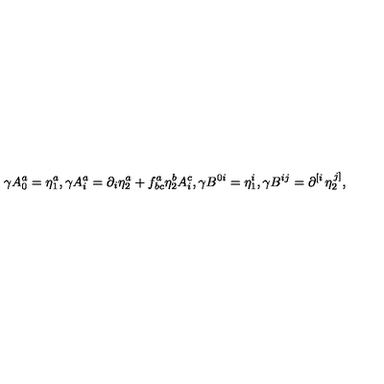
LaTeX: \gamma A _ { 0 } ^ { a } = \eta _ { 1 } ^ { a } , \gamma A _ { i } ^ { a } = \partial _ { i } \eta _ { 2 } ^ { a } + f _ { b c } ^ { a } \eta _ { 2 } ^ { b } A _ { i } ^ { c } , \gamma B ^ { 0 i } = \eta _ { 1 } ^ { i } , \gamma B ^ { i j } = \partial ^ { \left[ i \right. } \eta _ { 2 } ^ { \left. j \right] } ,